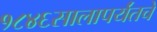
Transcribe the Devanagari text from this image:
१८४६सालापर्यंतचे